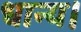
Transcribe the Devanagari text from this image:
धान्य।